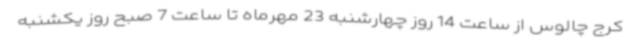
کرج چالوس از ساعت 14 روز چهارشنبه 23 مهرماه تا ساعت 7 صبح روز یکشنبه